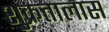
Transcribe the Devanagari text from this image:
शुक्रतालास